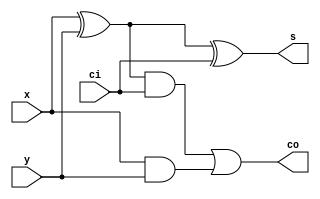
`timescale 1ns / 1ps

module full_Adder(x,y,ci,s,co);
    input x,y,ci;
    output s,co;
    
    wire t1,t2,t3;
    xor u1(t1,x,y);
    xor u2(s,t1,ci);
    and u3(t2,t1,ci);
    and u4(t3,x,y);
    or  u5(co,t2,t3);
    
endmodule